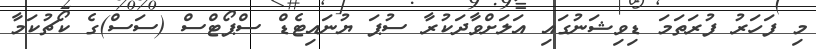
މި ފަހަރު ފުރަތަމަ ޑިވިޝަނުގައި އަލަށްވާދަކުރާ ސުޕަ ޔުނައިޓެޑް ސްޕޯޓްސް (ސަސް)ގެ ކޯޗުކަމާ